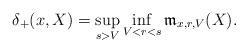
LaTeX: \begin{align*}\delta_+(x,X)=\sup_{s>V}\inf_{V<r<s}\mathfrak{m}_{x,r,V}(X).\end{align*}